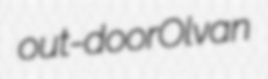
out-door Olvan